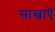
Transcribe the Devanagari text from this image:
साखाऎ